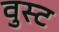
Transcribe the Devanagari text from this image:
वुस्ट